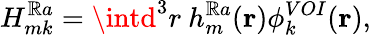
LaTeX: H_{mk}^{\mathbb{R}a}=\intd^{3}r~h_{m}^{\mathbb{R}a}(\mathbf{{r}})\phi_{k}^{VOI}(\mathbf{{r}}),